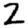
Digit: 2